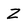
Character: 2